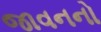
જાવનનો